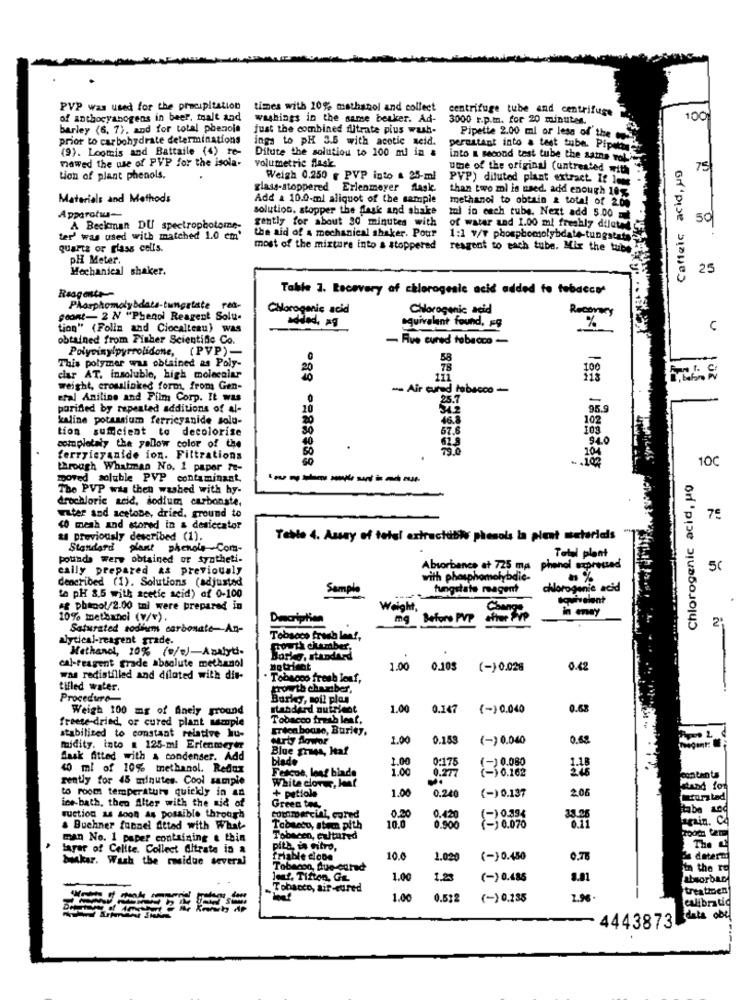
PVP was used for the precipitation
times with 20% methanol and collect
centrifuge tube and centrifuge
of anthocyabogens in beer. inalt and
washings in the same beaker. Ad-
3000 r.p.m. for 20 minutes.
100
barley (6, 7), and for total phenoja
Just the combined fitrate pius wash-
prior to carbohydrate determinations
ings to pH 3.5 with acetic acid.
Pipette 2.00 ml or less of the
{9). Loomis and Battaile (4) re-
Dilute the solution to 100 ml in &
perustant into a test tube. Pipetone
nawed the use of PVP for the isola-
volumetric flask
into a second test tube the same vol"
Caffeic acid, ug
one of the original (untreated with
75
Lich of plant phenols.
Weigh 0.250 , PVP into & 25-ml
PVP) diluted plant extract It les
glass-stoppered Erlenmeyer flask.
Materials and Methods
Add a 10.0-ml aliquot of the sample
than two mi is used. add enough 10%
solution, stopper the dask and shake
methanol to obtain a total of 200
Apparatus --
Il in each tube, Next add 5.00
50
A Beckman DU spectrophotome-
gently for about 30 minutes with
of water and 1.00 ml freshly dilety
ter' was used with matched 1.0 em'
the aid of a mechanical shaker. Pour
1:1 v/v phosphomolybdate-tungstats
quarta or plass cells.
most of the mixture into s stoppered
reagent to each tube. Mix the tube
PH Meter.
Mechanical shaker.
25
Table 3. Recovery of chlorogesic acid added fo tobacco-
Reageste --
Chlorogenic acid
Chlorogenic acid
Recovery
goORI- 2 N "Phenol Reagent Solu-
tion" (Folin and Ciocalteau) was
equivalent found, Æg
%
obtained from Fisher Scientific Co.
- Five cured tobacco -
Polyvinylpyrrolidone, (PVP)-
This polymer was obtained as Poly-
-
20
100
clar AT. insoluble, high molecular
111
weight, crosslinked form, from Gen-
Air cured tobacco -
eral Aniline and Film Corp. It was
25.7
=
purified by repeated additions of al-
95.
kaline potassium ferricyanide solu-
46.8
102
tion sumcient to decolorise
30
57.6
103
940
completely the yellow color of the
ferryicyanide ion. Filtrations
204
100
through Whatman No. 1 paper Te-
-88 º288:88
moved soluble PVP contaminant.
--------
Chlorogenic acid, pg
The PVP was then washed with hy-
drochloric seid, sodium carbonate,
water and acetone, dried, ground to
75
40 meah and stored in & desiccator
a previously described (1).
Table 4. Assay of tetel artractable phesols la plent materials
Standard plant phchels .Com-
pounds were obtained or syntheti-
Total plant
cally prepared as previously
Absorbance at 725 ma phenol expressed
50
described (1). Solutions (adjusted
with phosphomolybdie-
Sample
fungstate reagem?
chlorogenic acid
to pH 8.5 with acetic acid) of 0-100
equivalent
. phicool/2.00 toi were prepared in
Weight.
10% methanol (V/v).
Description
mg Before PVP
Saturated sodium carbonate-An-
alytical-reagent grade.
Tobacco frach len !,
Methanol, 20% (/s)-Analyti-
Copia clamber.
Borkg, standard
cal-reagent grade absolute methanol
1.00
0.105
(-) 0.028
0.42
was redistilled and diluted with dis-
Tobacco fresh leaf,
tilled water.
growth charaber,
Procedure-
Barkg, moil plus
Weigh 100 mg of Anely ground
standard nutrient
1.00
0.147
(-) 0.040
0.68
freese-dried, or cured plant sample
Tobacco fresh lest,
Erton bouse, Burley,
stabilized to constant relative lu-
MATU Sowor
1.00
0.153
(-) 0.040
midity. into a 125-mi Erlenmeyer
Blue grass, Haf
Saak fitted with & condenser. Add
blade
1.00
0:175
(-)0.080
40 ml of 10% methanol. Redox
Fescoe, lenf blade
1.00
0.277
gently for 45 minutes. Cool sample
White clore, Jeaf
(-) 0.162
contents
+ petiole
1.00
0.240
(-) 0.137
2.06
dand for
ice-bath, then Alter with the aid of
to room temperatury quickly in an
atura bad
Green tog
tabe
suction as soon as possible through
commercint, cored
0.420
(-) 0.394
33.25
0.11
gain. CA
& Buchner funnel fitted with What-
10.0
0.900
(-) 0.070
man No. 1 paper containing & thin
Tobacen, cultured
layer of Cellte. Collect Citrate is a
pith, in nitro,
The L
bakar. Wash the ridue several
friable cione
10.0
1.020
(-) 0.450
0.78
deterzi
Tobacon, due-ouhd
in the re
Jed. Tifton, GE
1.00
1.28
(-) 0.485
absorbary
-
Tobacco, air-cured
treatioen
1.00
0.512
(-) 0.135
1.96.
calibratic
data obu
4443873